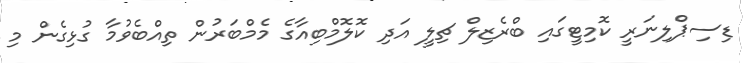
ޑިސިޕްލިނަރީ ކޮމިޓީގައި ބްރެޒިލް ޗިލީ އަދި ކޮލޮމްބިއާގެ މެމްބަރުން ތިއްބެވުމާ ގުޅިގެން މި